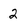
Character: 2